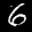
Digit: 6